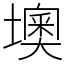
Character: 墺